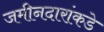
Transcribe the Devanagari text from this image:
जमीनदारांकडे